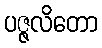
ပဇ္ဇလိတော